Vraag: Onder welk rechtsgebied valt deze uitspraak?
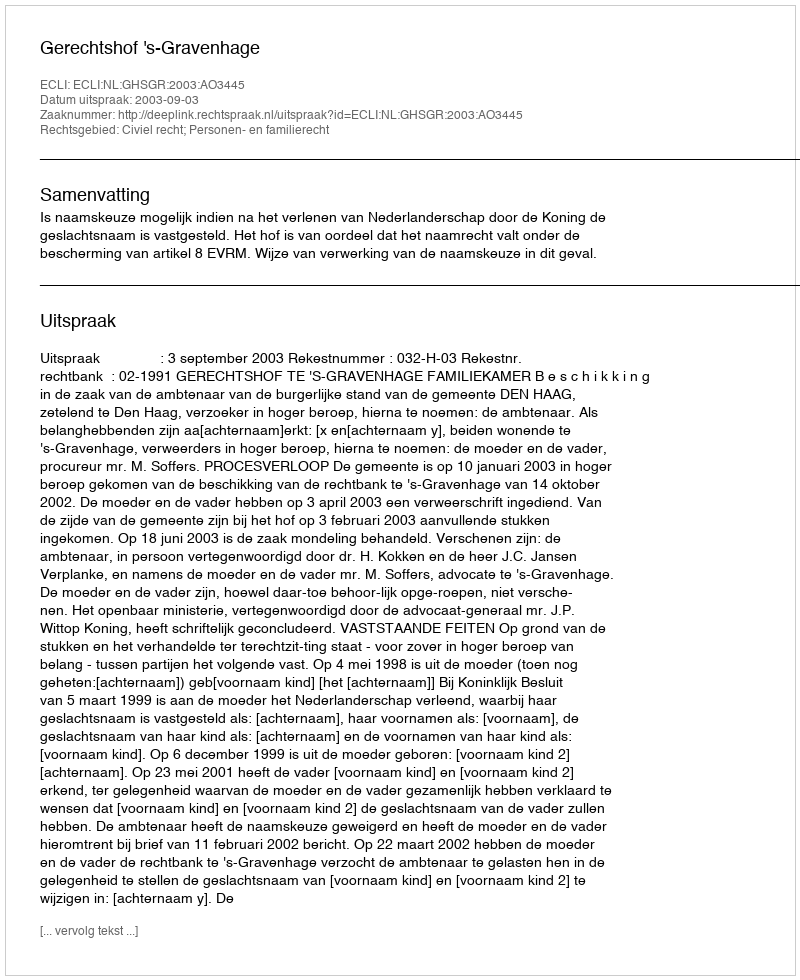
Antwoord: Civiel recht; Personen- en familierecht